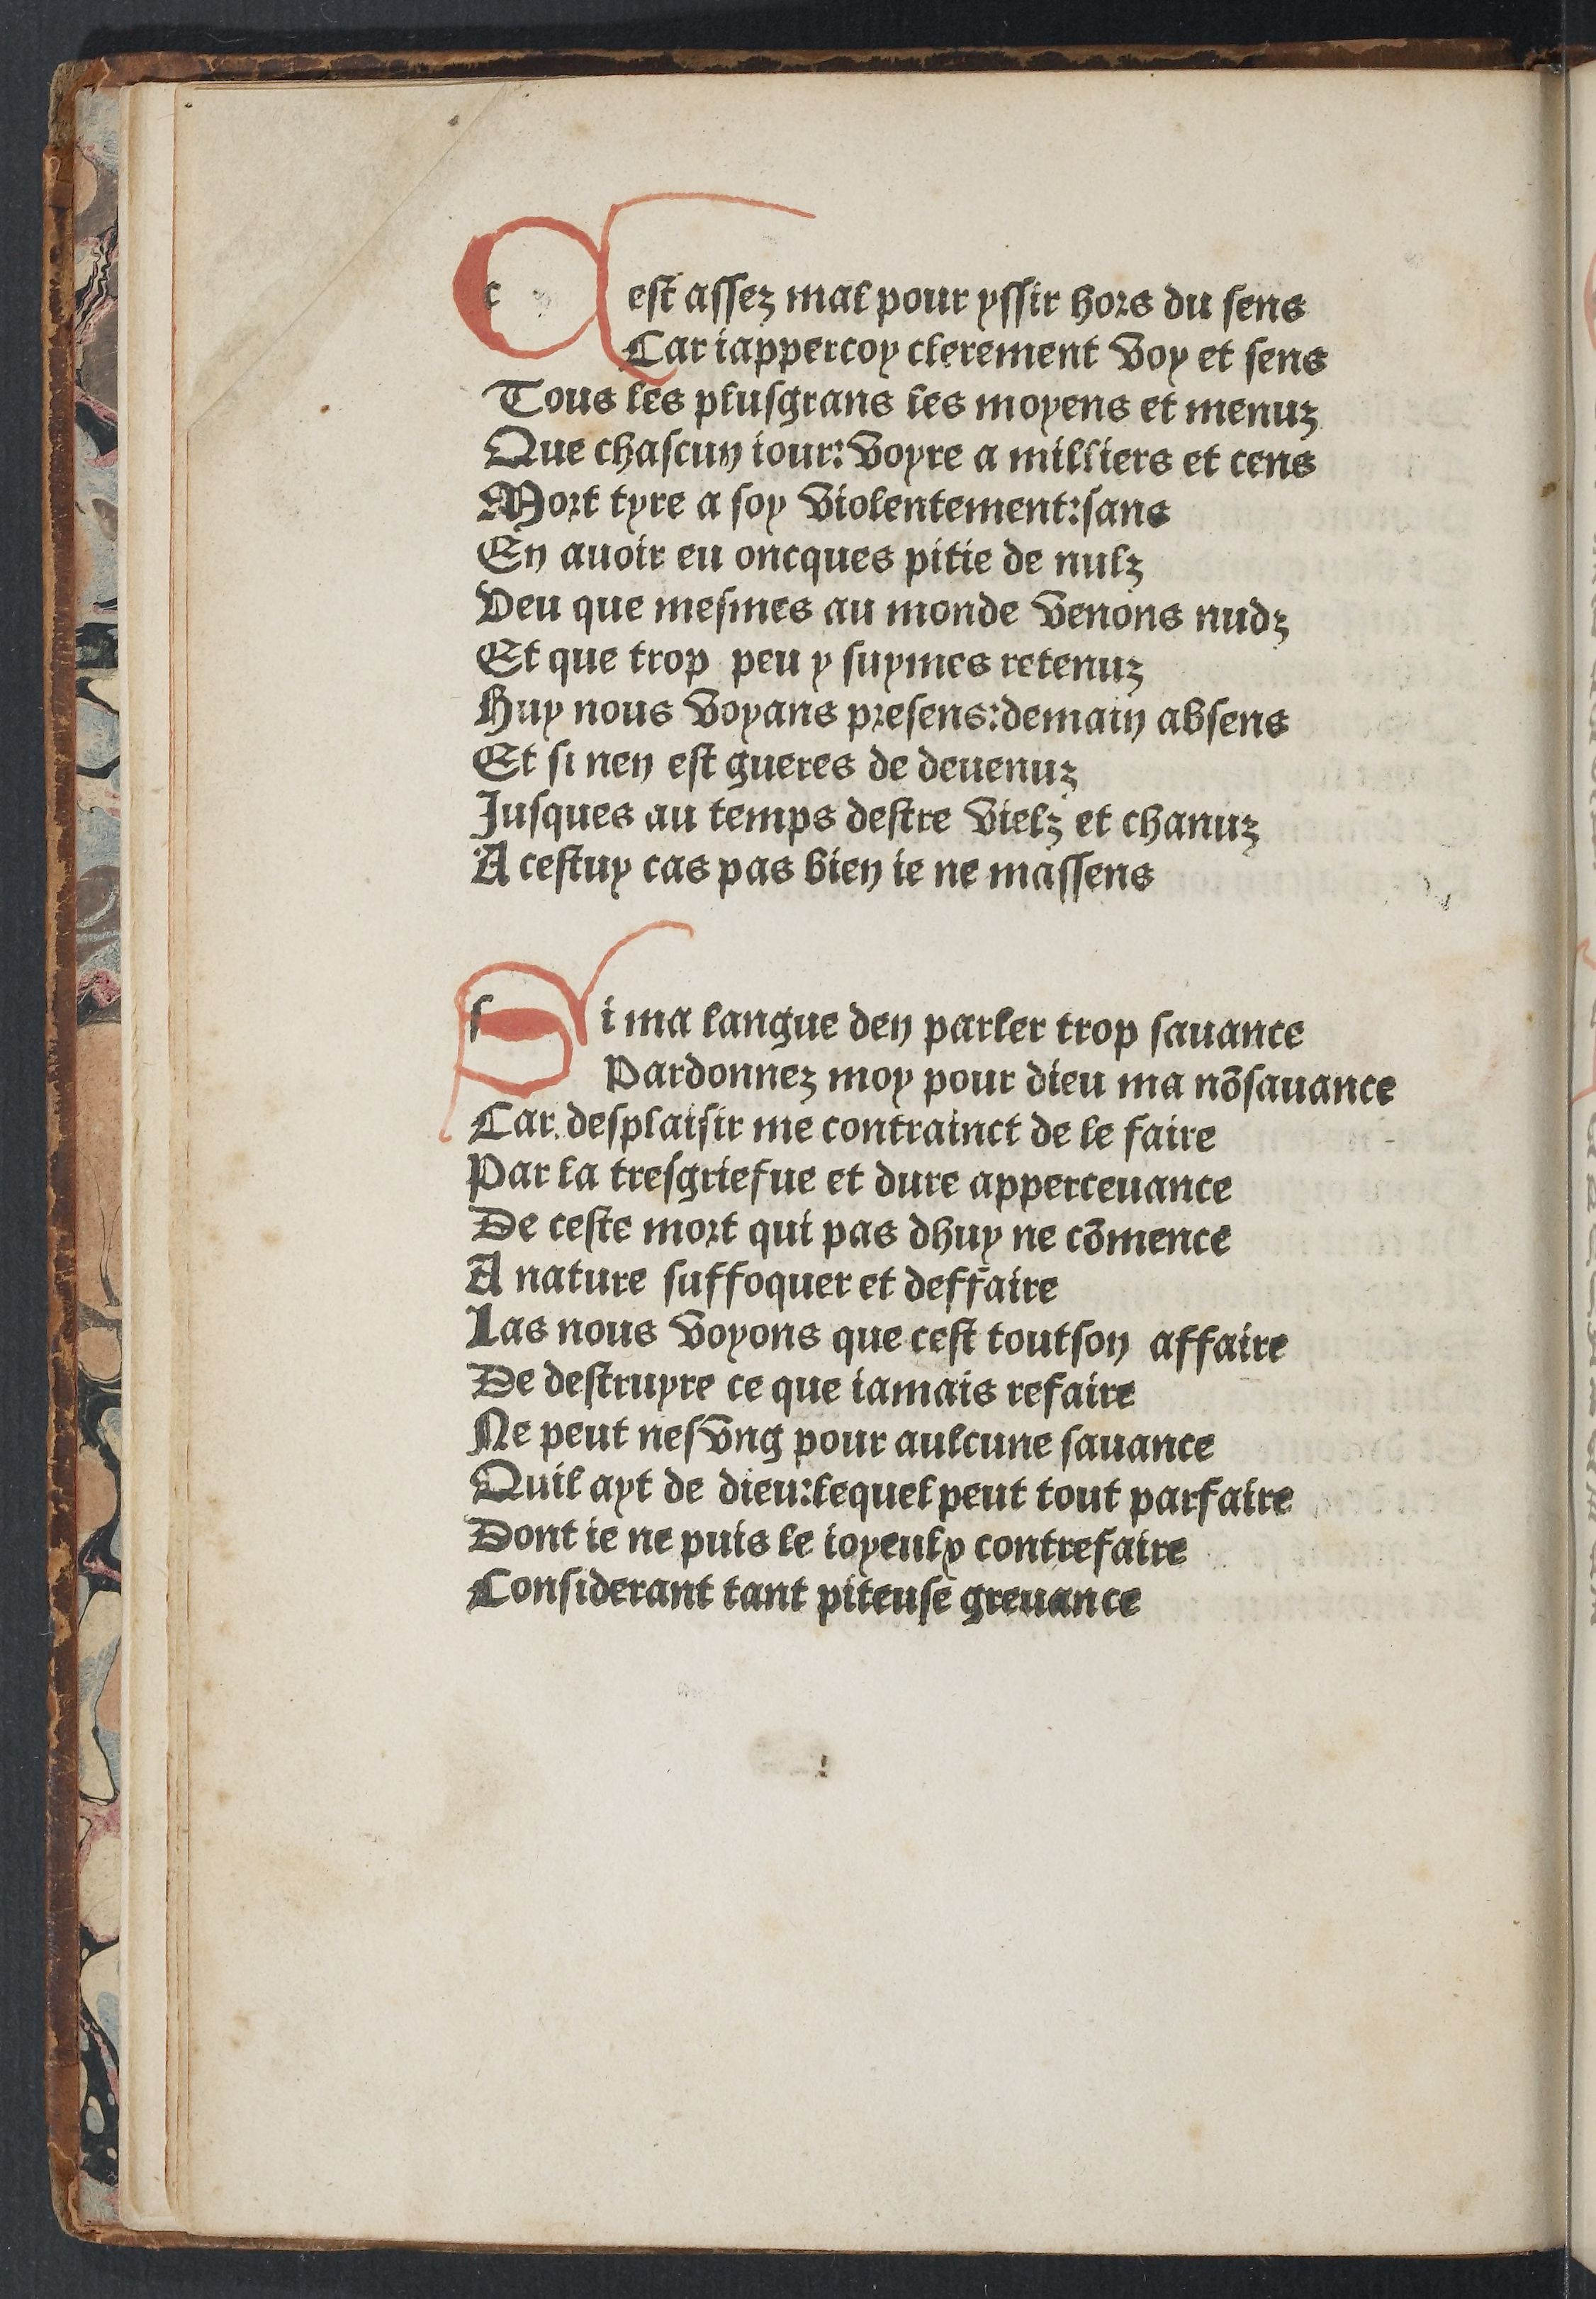
Shelfmark: Paris, BnF, Rés. YE-281
Century: 15